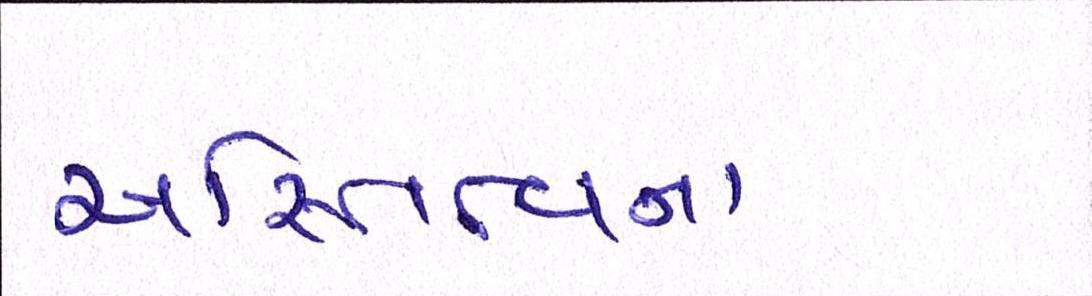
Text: અસ્તિત્વના